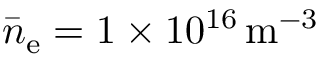
\bar { n } _ { \mathrm { e } } = 1 \times 1 0 ^ { 1 6 } \, \mathrm { m } ^ { - 3 }